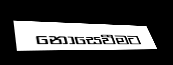
නොසෙවීමට